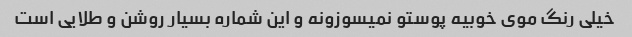
خیلی رنگ موی خوبیه پوستو نمیسوزونه و این شماره بسیار روشن و طلایی است